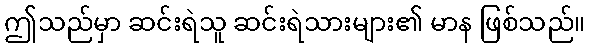
ဤသည်မှာ ဆင်းရဲသူ ဆင်းရဲသားများ၏ မာန ဖြစ်သည်။